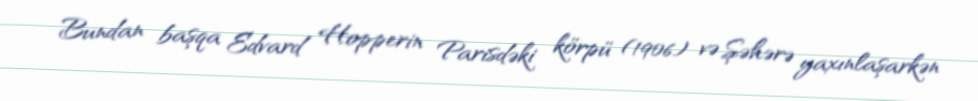
Bundan başqa Edvard Hopperin Parisdəki körpü (1906) və Şəhərə yaxınlaşarkən